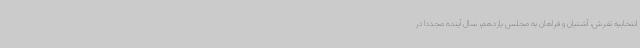
انتخابیه تفرش، آشتیان و فراهان به مجلس یازدهم، سال آینده مجددا در